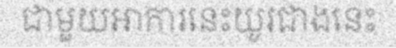
ជាមួយអាការនេះយូរជាងនេះ